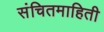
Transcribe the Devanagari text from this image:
संचितमाहिती